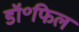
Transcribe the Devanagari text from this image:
डॉ॰फिल